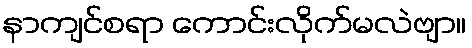
နာကျင်စရာ ကောင်းလိုက်မလဲဗျာ။